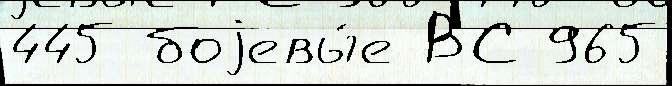
445 боjевы́е ВС 965